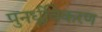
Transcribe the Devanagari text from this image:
पुनर्ध्रुविकरण